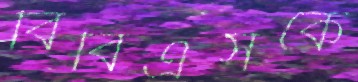
বিবিএসকে